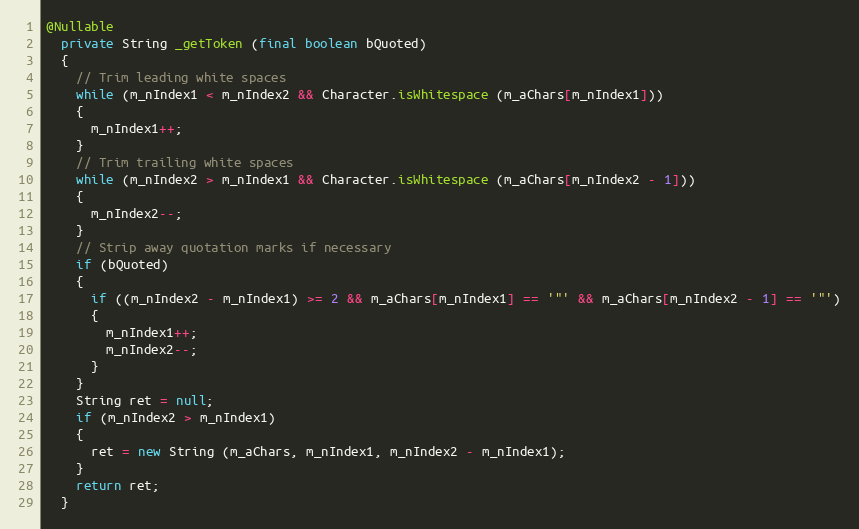
Language: Java
@Nullable
  private String _getToken (final boolean bQuoted)
  {
    // Trim leading white spaces
    while (m_nIndex1 < m_nIndex2 && Character.isWhitespace (m_aChars[m_nIndex1]))
    {
      m_nIndex1++;
    }
    // Trim trailing white spaces
    while (m_nIndex2 > m_nIndex1 && Character.isWhitespace (m_aChars[m_nIndex2 - 1]))
    {
      m_nIndex2--;
    }
    // Strip away quotation marks if necessary
    if (bQuoted)
    {
      if ((m_nIndex2 - m_nIndex1) >= 2 && m_aChars[m_nIndex1] == '"' && m_aChars[m_nIndex2 - 1] == '"')
      {
        m_nIndex1++;
        m_nIndex2--;
      }
    }
    String ret = null;
    if (m_nIndex2 > m_nIndex1)
    {
      ret = new String (m_aChars, m_nIndex1, m_nIndex2 - m_nIndex1);
    }
    return ret;
  }